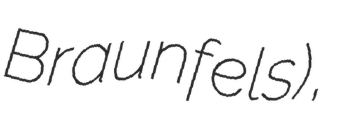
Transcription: Braunfels),